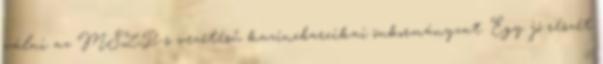
válni az MSZP-s vezetésű kazincbarcikai önkormányzat. Egy jó részét